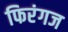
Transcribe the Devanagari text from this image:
फिरंगज